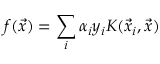
f ( \vec { x } ) = \sum _ { i } \alpha _ { i } y _ { i } K ( \vec { x } _ { i } , \vec { x } )